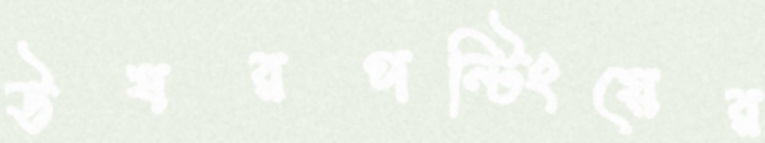
উষরপন্টিংয়ের